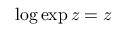
\log \exp z = z